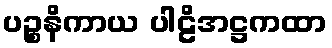
ပဉ္စနိကာယ ပါဠိအဋ္ဌကထာ